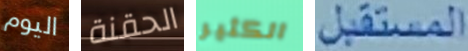
اليوم الحقنة الكثير المستقبل